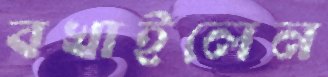
বখাইলেন